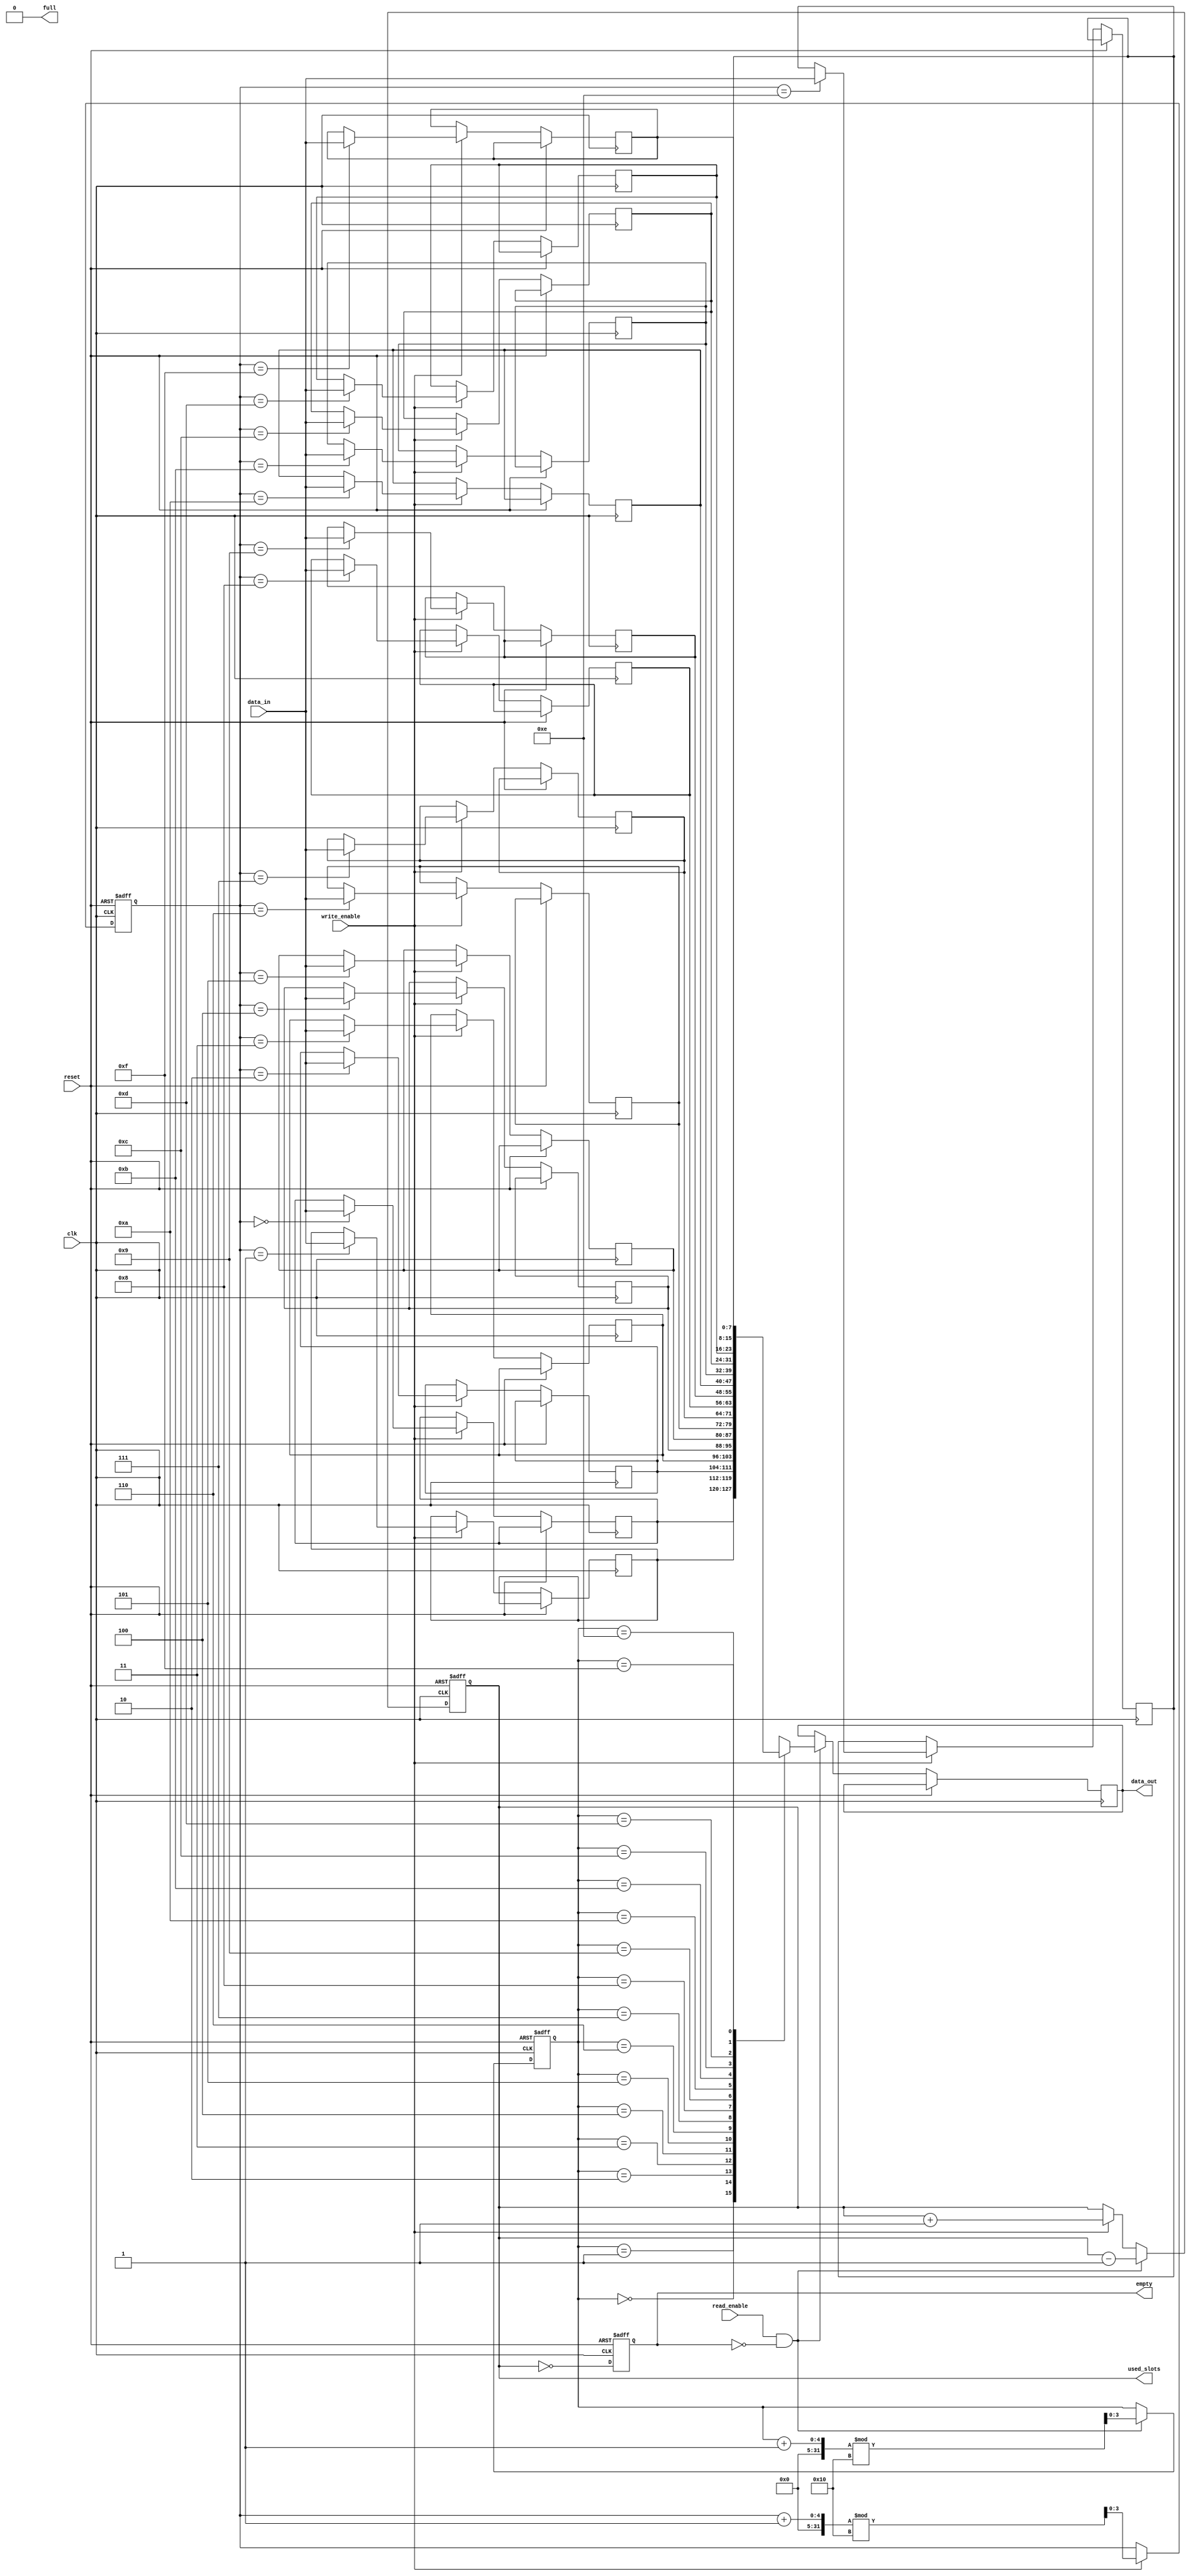
module parameterized_fifo #(
    parameter DATA_WIDTH = 8,        // Width of each data entry in bits
    parameter FIFO_DEPTH = 16         // Total number of entries (must be a power of two)
)(
    input wire clk,                   // Clock signal
    input wire reset,                 // Asynchronous reset
    input wire write_enable,          // Control signal for writing data
    input wire read_enable,           // Control signal for reading data
    input wire [DATA_WIDTH-1:0] data_in, // Input data bus
    output reg [DATA_WIDTH-1:0] data_out, // Output data bus
    output reg full,                  // Status signal indicating FIFO is full
    output reg empty,                 // Status signal indicating FIFO is empty
    output reg [$clog2(FIFO_DEPTH)-1:0] used_slots // Number of slots currently used
);

    // Internal memory array
    reg [DATA_WIDTH-1:0] fifo_mem [0:FIFO_DEPTH-1];
    
    // Read and write pointers
    reg [$clog2(FIFO_DEPTH)-1:0] read_ptr;
    reg [$clog2(FIFO_DEPTH)-1:0] write_ptr;

    // Initialize internal signals
    initial begin
        read_ptr = 0;
        write_ptr = 0;
        used_slots = 0;
        full = 0;
        empty = 1;
    end

    // Asynchronous reset
    always @(posedge clk or posedge reset) begin
        if (reset) begin
            read_ptr <= 0;
            write_ptr <= 0;
            used_slots <= 0;
            full <= 0;
            empty <= 1;
        end else begin
            // Write operation
            if (write_enable && !full) begin
                fifo_mem[write_ptr] <= data_in; // Write data to FIFO
                write_ptr <= (write_ptr + 1) % FIFO_DEPTH; // Increment write pointer
                used_slots <= used_slots + 1; // Increment used slots
            end

            // Read operation
            if (read_enable && !empty) begin
                data_out <= fifo_mem[read_ptr]; // Read data from FIFO
                read_ptr <= (read_ptr + 1) % FIFO_DEPTH; // Increment read pointer
                used_slots <= used_slots - 1; // Decrement used slots
            end

            // Update full and empty signals
            full <= (used_slots == FIFO_DEPTH);
            empty <= (used_slots == 0);
        end
    end
endmodule